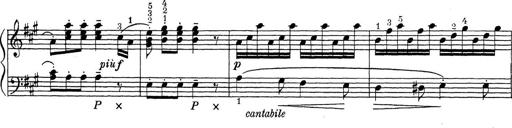
Title: ÄŒeskÃ© Sonatiny
Composer: Various